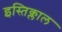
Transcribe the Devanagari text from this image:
इस्तिक्लाल